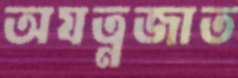
অযত্নজাত